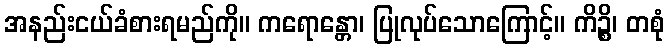
အနည်းငယ်ခံစားရမည်ကို။ ကရောန္တော၊ ပြုလုပ်သောကြောင့်။ ကိဉ္စိ၊ တစုံ